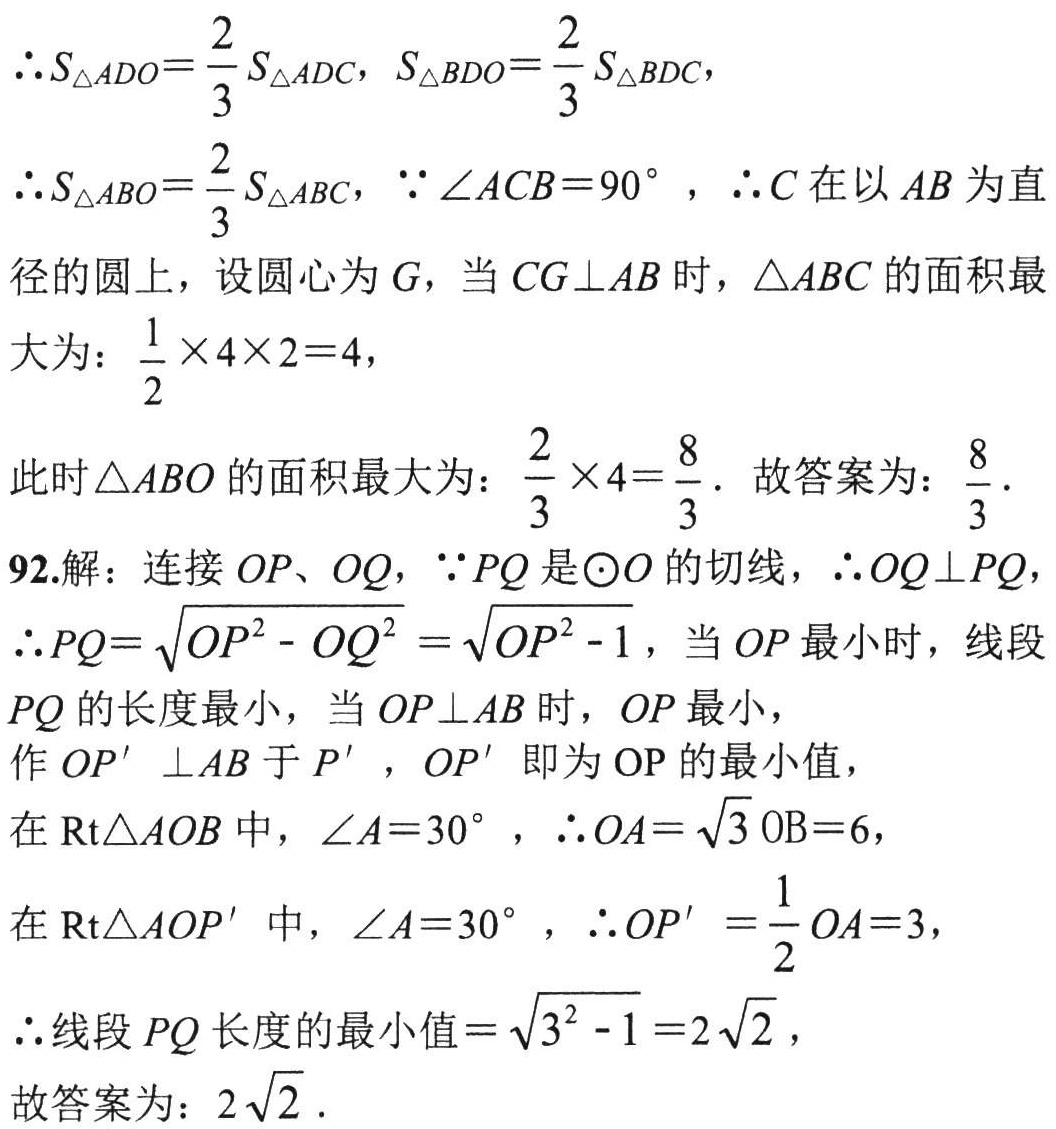
\(\therefore S_{\triangle ADO}=\frac{2}{3}S_{\triangle ADC}, S_{\triangle BDO}=\frac{2}{3}S_{\triangle BDC},\)
\(\therefore S_{\triangle ABO}=\frac{2}{3}S_{\triangle ABC}, \because \angle ACB = 90^{\circ}, \therefore C\)在以\(AB\)为直径的圆上，设圆心为\(G\)，当\(CG\perp AB\)时，\(\triangle ABC\)的面积最大为：\(\frac{1}{2}\times4\times2 = 4\)，
此时\(\triangle ABO\)的面积最大为：\(\frac{2}{3}\times4=\frac{8}{3}\). 故答案为：\(\frac{8}{3}\).
92.解：连接\(OP\)、\(OQ\)，\(\because PQ\)是\(\odot O\)的切线，\(\therefore OQ\perp PQ\)，
\(\therefore PQ = \sqrt{OP^{2}-OQ^{2}}=\sqrt{OP^{2}-1}\)，当\(OP\)最小时，线段\(PQ\)的长度最小，当\(OP\perp AB\)时，\(OP\)最小，
作\(OP'\perp AB\)于\(P'\)，\(OP'\)即为\(OP\)的最小值，
在\(Rt\triangle AOB\)中，\(\angle A = 30^{\circ}, \therefore OA=\sqrt{3}OB = 6\)，
在\(Rt\triangle AOP'\)中，\(\angle A = 30^{\circ}, \therefore OP'=\frac{1}{2}OA = 3\)，
\(\therefore\)线段\(PQ\)长度的最小值\(=\sqrt{3^{2}-1}=2\sqrt{2}\)，
故答案为：\(2\sqrt{2}\).